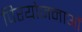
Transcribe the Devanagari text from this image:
पिरयोजनाओं